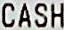
CASH